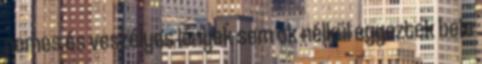
nemes és veszélyes lények sem ok nélkül egyeztek bele